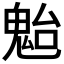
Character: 𩲥